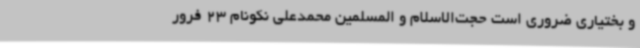
و بختیاری ضروری است حجت‌الاسلام و المسلمین محمدعلی نکونام 23 فرور